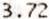
3.72